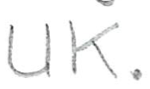
Text: UK.
Cross-out: clean
Writing tool: pencil